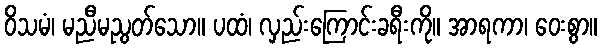
ဝိသမံ၊ မညီမညွတ်သော။ ပထံ၊ လှည်းကြောင်းခရီးကို။ အာရကာ၊ ဝေးစွာ။